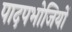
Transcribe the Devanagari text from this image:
पादपभोजियों